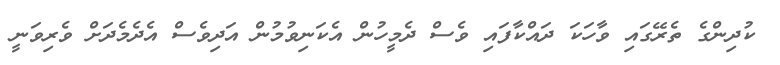
ކުދިންގެ ތެރޭގައި ވާހަކަ ދައްކާފައި ވެސް ދެމީހުން އެކަނިވުމުން އަދިވެސް އެދެމެދަށް ވެރިވަނީ